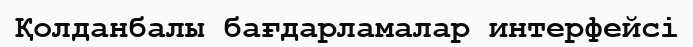
Қолданбалы бағдарламалар интерфейсі